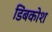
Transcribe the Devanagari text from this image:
डिंबकोश